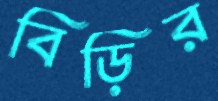
বিড়ির